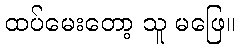
ထပ်မေးတော့ သူ မဖြေ။